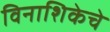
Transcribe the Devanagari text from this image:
विनाशिकेचे